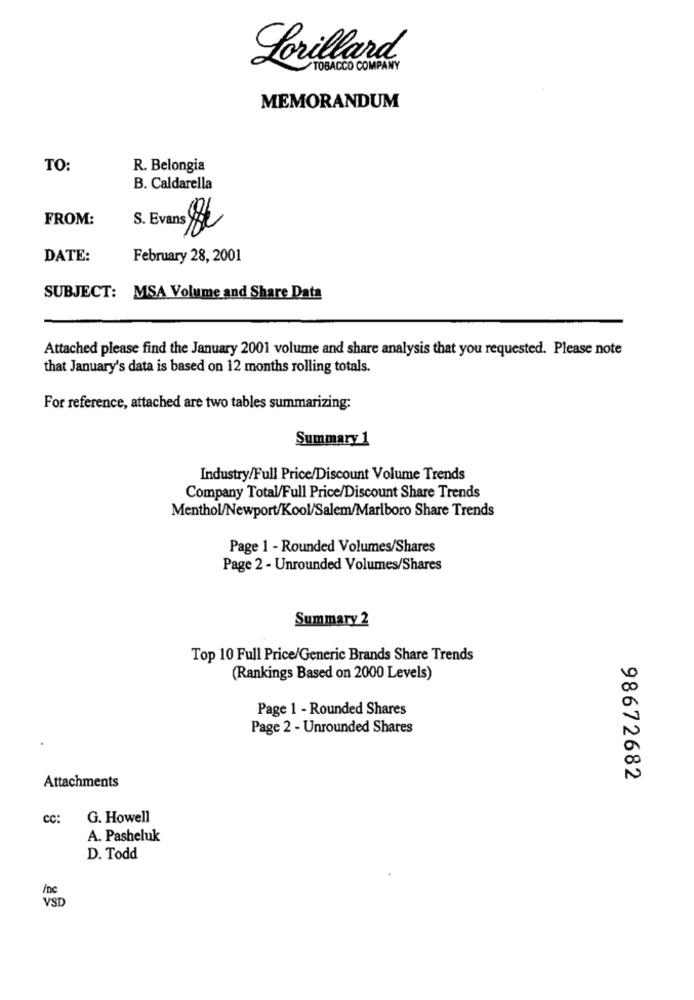
Lorillard
TOBACCO COMPANY
MEMORANDUM
TO:
R. Belongia
B. Caldarella
FROM:
S. Evans $
DATE:
February 28, 2001
SUBJECT: MSA Volume and Share Data
Attached please find the January 2001 volume and share analysis that you requested. Please note
that January's data is based on 12 months rolling totals.
For reference, attached are two tables summarizing:
Summary 1
Industry/Full Price/Discount Volume Trends
Company Total/Full Price/Discount Share Trends
Menthol/Newport/Kool/Salem/Marlboro Share Trends
Page 1 - Rounded Volumes/Shares
Page 2 - Unrounded Volumes/Shares
Summary 2
Top 10 Full Price/Generic Brands Share Trends
(Rankings Based on 2000 Levels)
Page 1 - Rounded Shares
Page 2 - Unrounded Shares
Attachments
98672682
cc:
G. Howell
A. Pasheluk
D. Todd
/nc
VSD